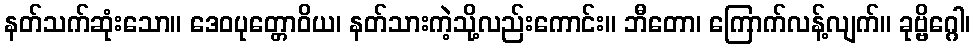
နတ်သက်ဆုံးသော။ ဒေဝပုတ္တောဝိယ၊ နတ်သားကဲ့သို့လည်းကောင်း။ ဘီတော၊ ကြောက်လန့်လျက်။ ခုဗ္ဗိဂ္ဂေါ၊